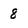
Character: 8